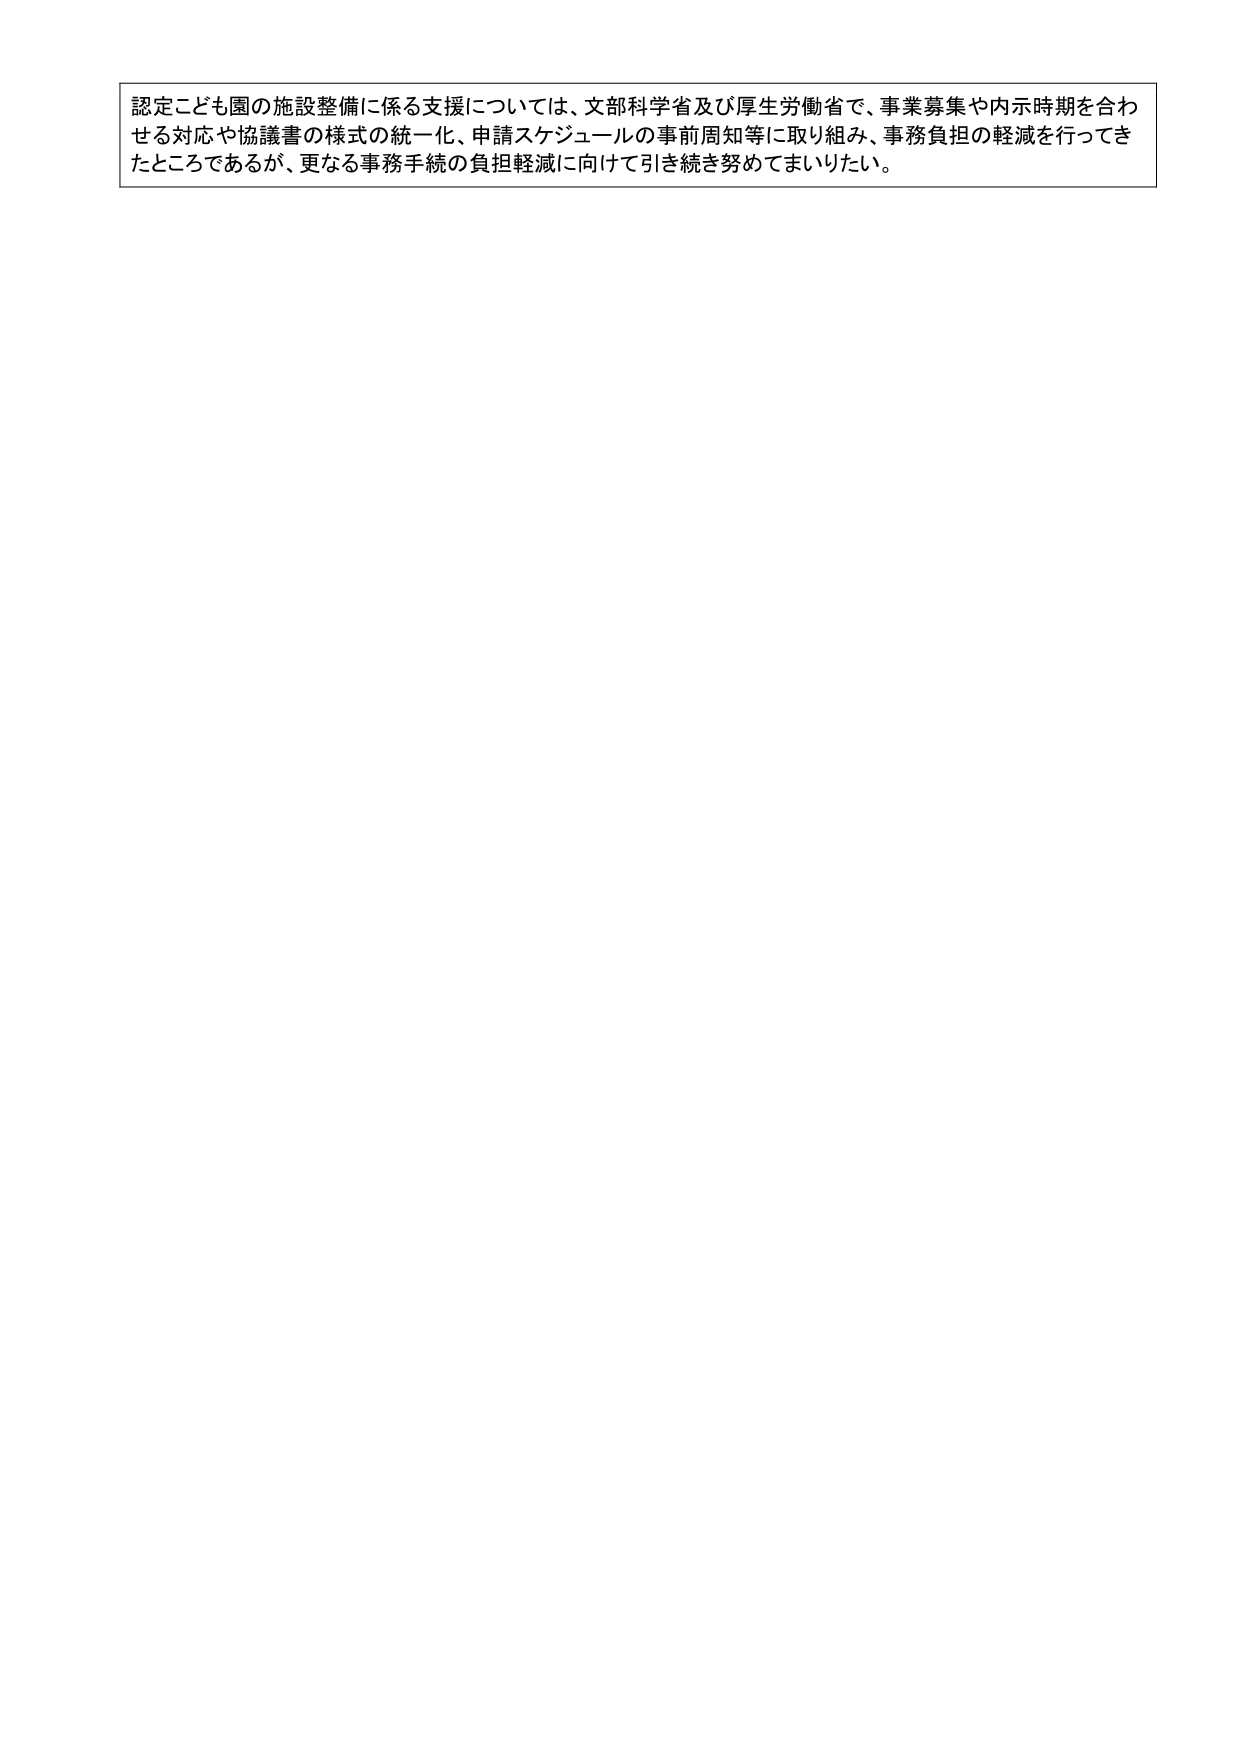
認定こども園の施設整備に係る支援については、文部科学省及び厚生労働省で、事業募集や内示時期を合わせる対応や協議書の様式の統一化、申請スケジュールの事前周知等に取り組み、事務負担の軽減を行ってきたところであるが、更なる事務手続の負担軽減に向けて引き続き努めてまいりたい。